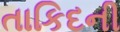
તાકિદની